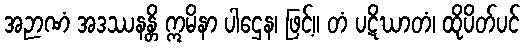
အဉာဏံ အဒဿနန္တိ ဣမိနာ ပါဌေန၊ ဖြင့်။ တံ ပဋိဃာတံ၊ ထိုပိတ်ပင်